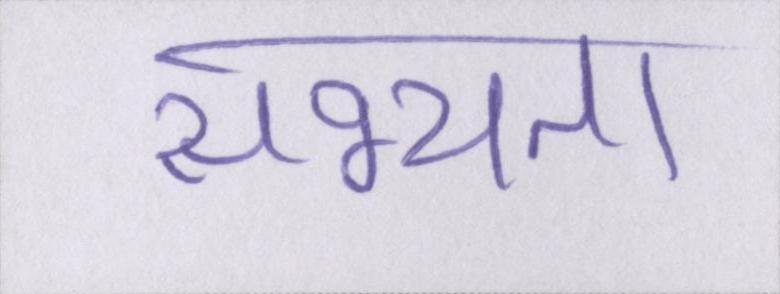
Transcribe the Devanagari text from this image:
सभ्यता